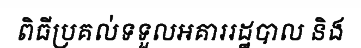
ពិធីប្រគល់ទទួលអគាររដ្ឋបាល និង